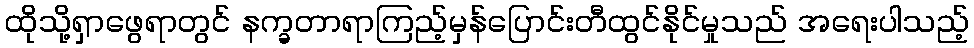
ထိုသို့ရှာဖွေရာတွင် နက္ခတာရာကြည့်မှန်ပြောင်းတီထွင်နိုင်မှုသည် အရေးပါသည့်